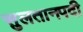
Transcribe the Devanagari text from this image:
सुलतानपदी